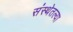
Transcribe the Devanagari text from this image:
संस्थेतल्या